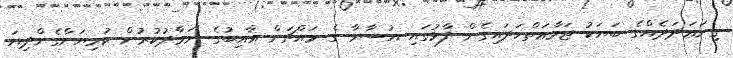
ގިނަޢަދަދެއްގެ ބަޔަކު ޖަމާޢަތްހަދައިގެން ފާޅުގައި އުސާމާ ގެ މައްޗަށް ޣާއިބުގެ ނަމާދުކުރުން ކުރިޔަށްގެންދިޔަ